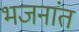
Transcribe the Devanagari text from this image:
भजनांत